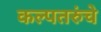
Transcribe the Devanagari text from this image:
कल्पतरुंचे